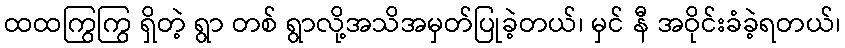
ထထကြွကြွ ရှိတဲ့ ရွာ တစ် ရွာလို့အသိအမှတ်ပြုခဲ့တယ်၊ မှင် နီ အဝိုင်းခံခဲ့ရတယ်၊